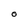
Character: O